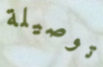
توصيلة